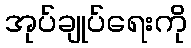
အုပ်ချုပ်ရေးကို